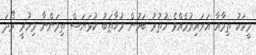
މީހަކު ތިމާއާ އަރައިރުމެއްވެ ހުތުރު ބަހުން މުޚާޠަބު ކުޅަޔަސް ތިމަންނާ މިހުރީ ރޯދަ